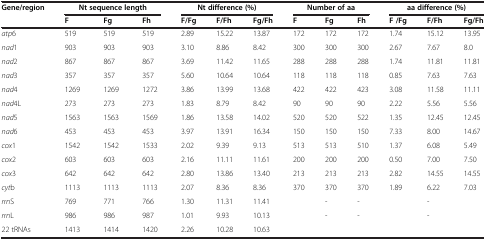
<table><thead><tr><td rowspan="2"><b>Gene/region</b></td><td colspan="3"><b>Nt sequence length</b></td><td colspan="3"><b>Nt difference (%)</b></td><td colspan="3"><b>Number of aa</b></td><td colspan="3"><b>aa difference (%)</b></td></tr><tr><td><b>F</b></td><td><b>Fg</b></td><td><b>Fh</b></td><td><b>F/Fg</b></td><td><b>F/Fh</b></td><td><b>Fg/Fh</b></td><td><b>F</b></td><td><b>Fg</b></td><td><b>Fh</b></td><td><b>F /Fg</b></td><td><b>F/Fh</b></td><td><b>Fg/Fh</b></td></tr></thead><tbody><tr><td><i>atp</i>6</td><td>519</td><td>519</td><td>519</td><td>2.89</td><td>15.22</td><td>13.87</td><td>172</td><td>172</td><td>172</td><td>1.74</td><td>15.12</td><td>13.95</td></tr><tr><td><i>nad</i>1</td><td>903</td><td>903</td><td>903</td><td>3.10</td><td>8.86</td><td>8.42</td><td>300</td><td>300</td><td>300</td><td>2.67</td><td>7.67</td><td>8.0</td></tr><tr><td><i>nad</i>2</td><td>867</td><td>867</td><td>867</td><td>3.69</td><td>11.42</td><td>11.65</td><td>288</td><td>288</td><td>288</td><td>1.74</td><td>11.81</td><td>11.81</td></tr><tr><td><i>nad</i>3</td><td>357</td><td>357</td><td>357</td><td>5.60</td><td>10.64</td><td>10.64</td><td>118</td><td>118</td><td>118</td><td>0.85</td><td>7.63</td><td>7.63</td></tr><tr><td><i>nad</i>4</td><td>1269</td><td>1269</td><td>1272</td><td>3.86</td><td>13.99</td><td>13.68</td><td>422</td><td>422</td><td>423</td><td>3.08</td><td>11.58</td><td>11.11</td></tr><tr><td><i>nad</i>4L</td><td>273</td><td>273</td><td>273</td><td>1.83</td><td>8.79</td><td>8.42</td><td>90</td><td>90</td><td>90</td><td>2.22</td><td>5.56</td><td>5.56</td></tr><tr><td><i>nad</i>5</td><td>1563</td><td>1563</td><td>1569</td><td>1.86</td><td>13.58</td><td>14.02</td><td>520</td><td>520</td><td>522</td><td>1.35</td><td>12.45</td><td>12.45</td></tr><tr><td><i>nad</i>6</td><td>453</td><td>453</td><td>453</td><td>3.97</td><td>13.91</td><td>16.34</td><td>150</td><td>150</td><td>150</td><td>7.33</td><td>8.00</td><td>14.67</td></tr><tr><td><i>cox</i>1</td><td>1542</td><td>1542</td><td>1533</td><td>2.02</td><td>9.39</td><td>9.13</td><td>513</td><td>513</td><td>510</td><td>1.37</td><td>6.08</td><td>5.49</td></tr><tr><td><i>cox</i>2</td><td>603</td><td>603</td><td>603</td><td>2.16</td><td>11.11</td><td>11.61</td><td>200</td><td>200</td><td>200</td><td>0.50</td><td>7.00</td><td>7.50</td></tr><tr><td><i>cox</i>3</td><td>642</td><td>642</td><td>642</td><td>2.80</td><td>13.86</td><td>13.40</td><td>213</td><td>213</td><td>213</td><td>2.82</td><td>14.55</td><td>14.55</td></tr><tr><td><i>cyt</i>b</td><td>1113</td><td>1113</td><td>1113</td><td>2.07</td><td>8.36</td><td>8.36</td><td>370</td><td>370</td><td>370</td><td>1.89</td><td>6.22</td><td>7.03</td></tr><tr><td><i>rrn</i>S</td><td>769</td><td>771</td><td>766</td><td>1.30</td><td>11.31</td><td>11.41</td><td>[EMPTY_CELL]</td><td>-</td><td>-</td><td>[EMPTY_CELL]</td><td>-</td><td>[EMPTY_CELL]</td></tr><tr><td><i>rrn</i>L</td><td>986</td><td>986</td><td>987</td><td>1.01</td><td>9.93</td><td>10.13</td><td>[EMPTY_CELL]</td><td>-</td><td>-</td><td>[EMPTY_CELL]</td><td>-</td><td>[EMPTY_CELL]</td></tr><tr><td>22 tRNAs</td><td>1413</td><td>1414</td><td>1420</td><td>2.26</td><td>10.28</td><td>10.63</td><td>[EMPTY_CELL]</td><td>[EMPTY_CELL]</td><td>[EMPTY_CELL]</td><td>[EMPTY_CELL]</td><td>[EMPTY_CELL]</td><td>[EMPTY_CELL]</td></tr></tbody></table>